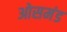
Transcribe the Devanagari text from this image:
ओसमंड